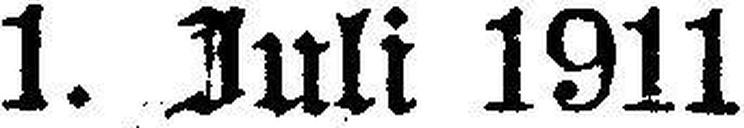
1. Juli 1911